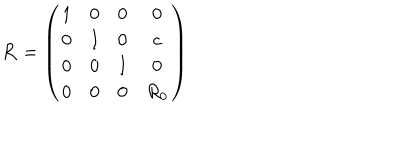
LaTeX: { \bf R } = \left( \begin{matrix} { { 1 } } & { { 0 } } & { { 0 } } & { { 0 } } \\ { { 0 } } & { { I } } & { { 0 } } & { { c } } \\ { { 0 } } & { { 0 } } & { { I } } & { { 0 } } \\ { { 0 } } & { { 0 } } & { { 0 } } & { { R _ { 0 } } } \\ \end{matrix} \right)